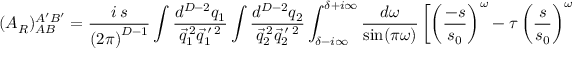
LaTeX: ( { \cal A } _ { \cal R } ) _ { A B } ^ { A ^ { \prime } B ^ { \prime } } = \frac { i \, s } { \left( 2 \pi \right) ^ { D - 1 } } \int \frac { d ^ { D - 2 } q _ { 1 } } { \vec { q } _ { 1 } ^ { \: 2 } \vec { q } _ { 1 } ^ { \: \prime \: 2 } } \int \frac { d ^ { D - 2 } q _ { 2 } } { \vec { q } _ { 2 } ^ { \: 2 } \vec { q } _ { 2 } ^ { \: \prime \: 2 } } \int _ { \delta - i \infty } ^ { \delta + i \infty } \frac { d \omega } { \mathrm { s i n } ( \pi \omega ) } \left[ \left( \frac { - s } { s _ { 0 } } \right) ^ { \omega } - \tau \left( \frac { s } { s _ { 0 } } \right) ^ { \omega } \right]